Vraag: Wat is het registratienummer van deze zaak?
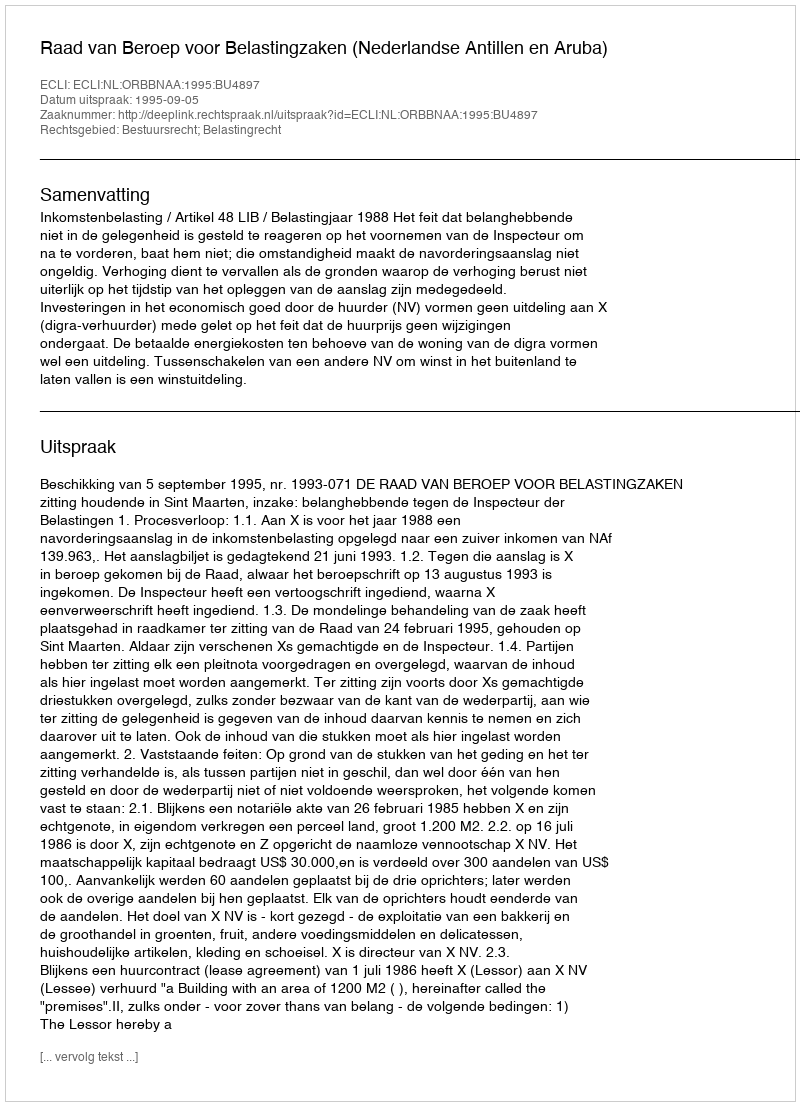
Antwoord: http://deeplink.rechtspraak.nl/uitspraak?id=ECLI:NL:ORBBNAA:1995:BU4897